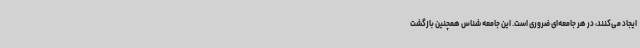
ایجاد می‌کنند، در هر جامعه‌ای ضروری است. این جامعه شناس همچنین بازگشت